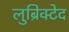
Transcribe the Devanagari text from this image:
लुब्रिक्टेद